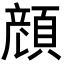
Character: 𩓲